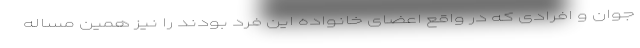
جوان و افرادی که در واقع اعضای خانواده این فرد بودند را نیز همین مساله